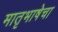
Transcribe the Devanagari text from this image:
मातृभाषेचा